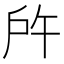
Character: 𢨵